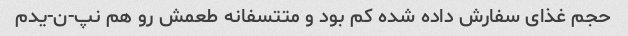
حجم غذای سفارش داده شده کم بود و متتسفانه طعمش رو هم نپ-ن-یدم